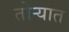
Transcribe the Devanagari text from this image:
तोर्‍यात